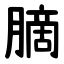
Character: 䐱